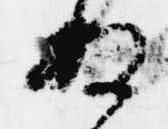
ぬ